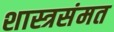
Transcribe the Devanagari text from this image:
शास्त्रसंमत